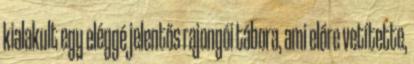
kialakult egy eléggé jelentős rajongói tábora, ami előre vetítette,